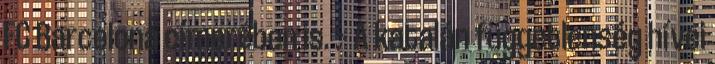
FC Barcelona címerében is. :- A katalán függetlenség hívei